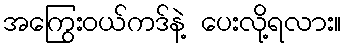
အကြွေးဝယ်ကဒ်နဲ့ ပေးလို့ရလား။